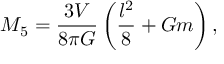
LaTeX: M _ { 5 } = \frac { 3 V } { 8 \pi G } \left( \frac { l ^ { 2 } } { 8 } + G m \right) ,